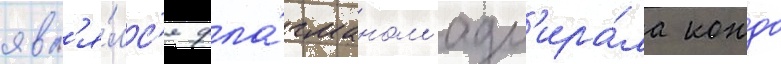
явл'я́лс'я фла́гманом адм'ира́ла кондо